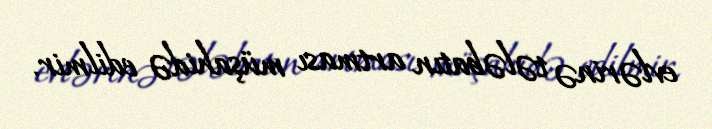
evlərinə tələbatın artması müşahidə edilmir.